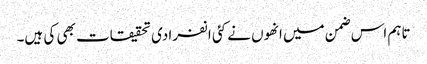
تاہم اس ضمن میں انھوں نے کئی انفرادی تحقیقات بھی کی ہیں۔